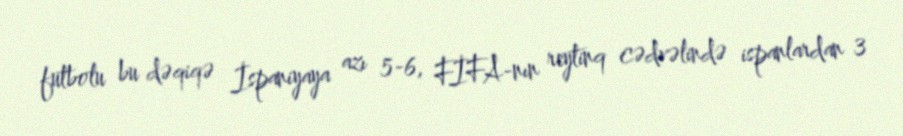
futbolu bu dəqiqə İspaniyaya azı 5-6, FİFA-nın reytinq cədvəlində ispanlardan 3